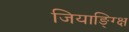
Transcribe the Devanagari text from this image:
जियाङ्ग्क्षि